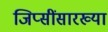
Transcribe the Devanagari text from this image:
जिप्सींसारख्या